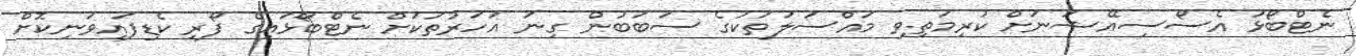
ނެޓްބޯޅަ އެސޯސިއޭޝަނަށް ކުރިމަތިވި މައްސަލަތަކުގެ ސަބަބުން ގިނަ އަހަރުތަކަށް ނެޓްބޯޅައިގެ ފޯރި ކެޑިފައިވަނިކޮށް